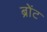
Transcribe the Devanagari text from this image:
ब्रोंट